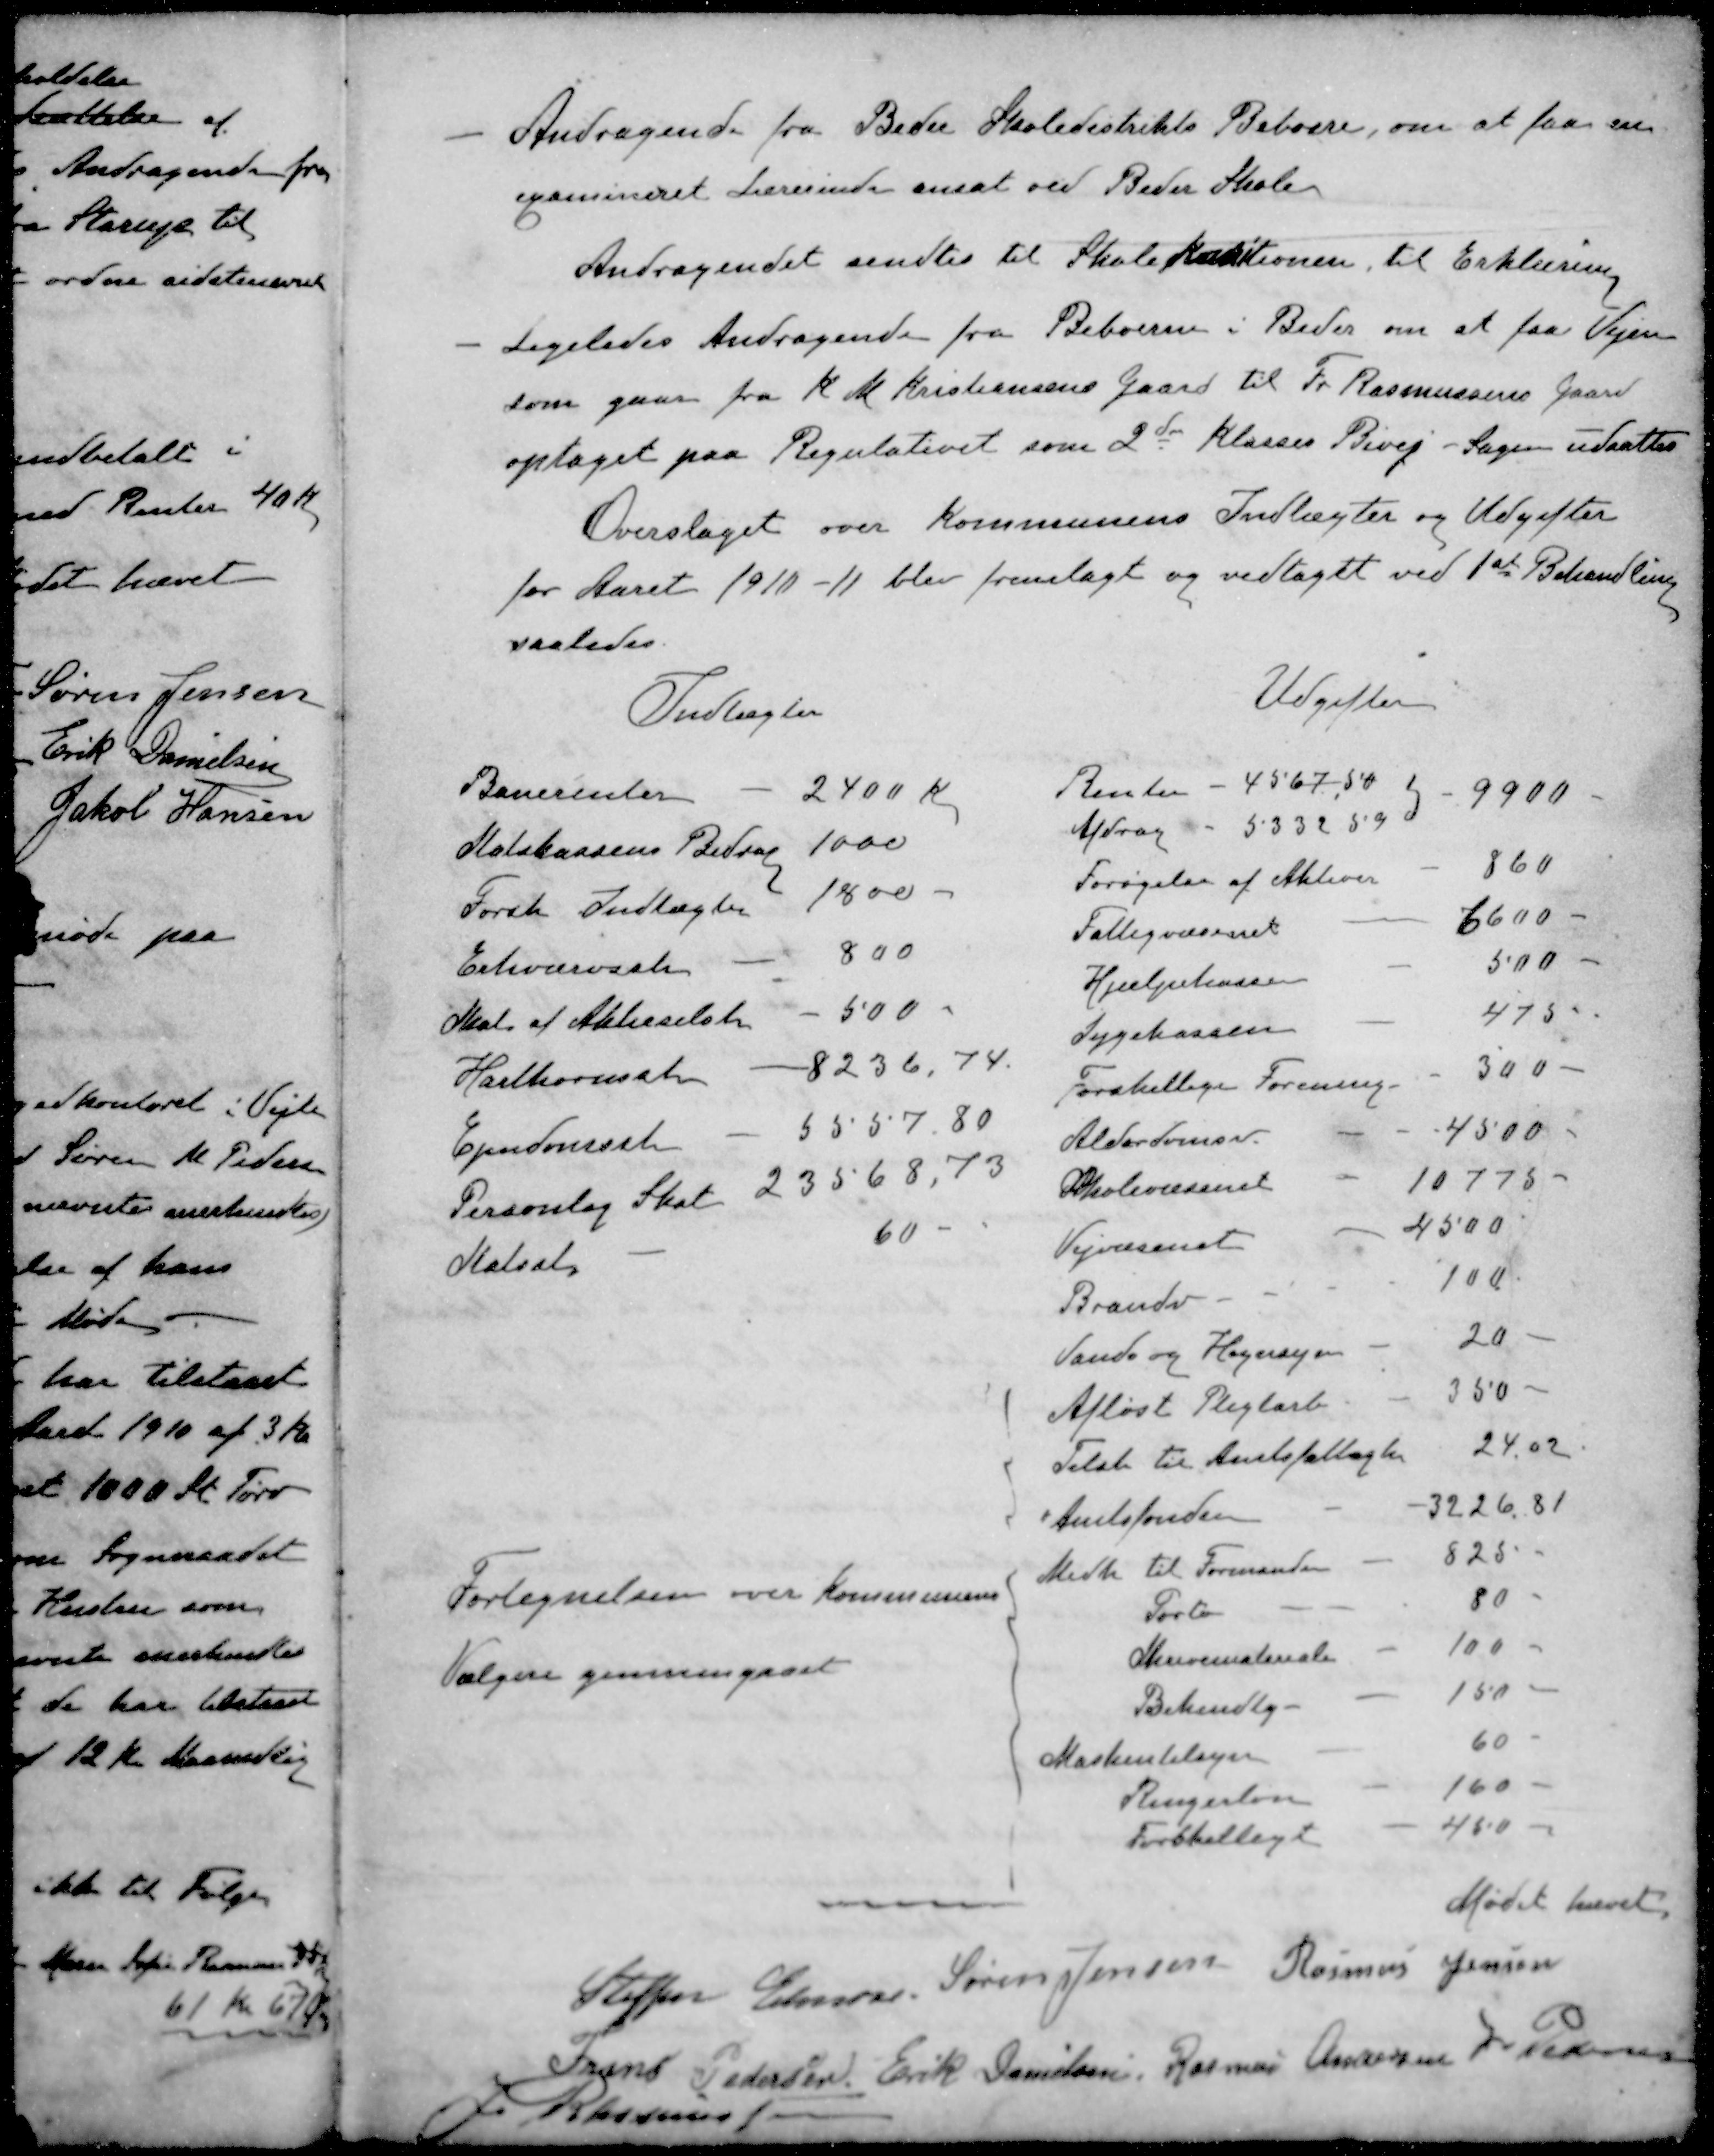
Transskription:
- Andragende fra Beder Skoledistriks Beboere, om at faa en
examineret Lærerinde ansat ved Beder Skole
Andragendet sendtes til Skolekomitionen til Erklæring
- Ligeledes Andragende fra Beboerne i Beder omat faa Vejen
som gaar fra K M Kristiansens Gaard til Fr Rasmussens Gaard
optaget paa Regulativet som 2den Klasses Bivej. Sagen udsattes
Overslaget over Kommunens Indtægter og Udgifter
for Aaret 1910-11 blev fremlagt og vedtaget ved 1st Behandling
saaledes

Mødet hævet
Steffen Elmose
Søren Jensen
Rasmus Jensen
Frans Pedersen
Erik Danielsen
Rasmus Andersen
J Pedersen
J Rasmussen